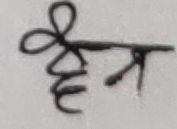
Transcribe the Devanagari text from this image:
हैन